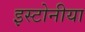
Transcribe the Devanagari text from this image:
इस्टोनीया